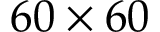
6 0 \times 6 0